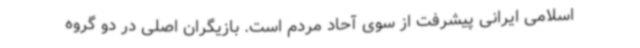
اسلامی ایرانی پیشرفت از سوی آحاد مردم است. بازیگران اصلی در دو گروه